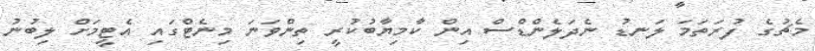
މެޗުގެ ފުރަތަމަ ލަނޑު ނެދަލެންޑްސް އިން ކާމިޔާބުކުރީ ތިންވަނަ މިނެޓްގައި އެޓީމަށް ލިބުނު